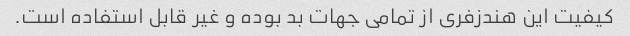
کیفیت این هندزفری از تمامی جهات بد بوده و غیر قابل استفاده است.